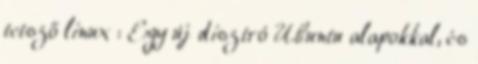
tetsző linux : Egy új disztró Ubuntu alapokkal, és